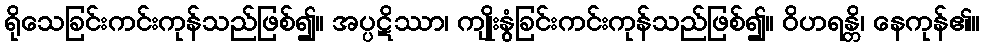
ရိုသေခြင်းကင်းကုန်သည်ဖြစ်၍။ အပ္ပဋိဿာ၊ ကျိုးနွံခြင်းကင်းကုန်သည်ဖြစ်၍။ ဝိဟရန္တိ၊ နေကုန်၏။